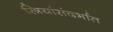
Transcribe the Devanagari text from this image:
स्त्रियांसंदर्भात